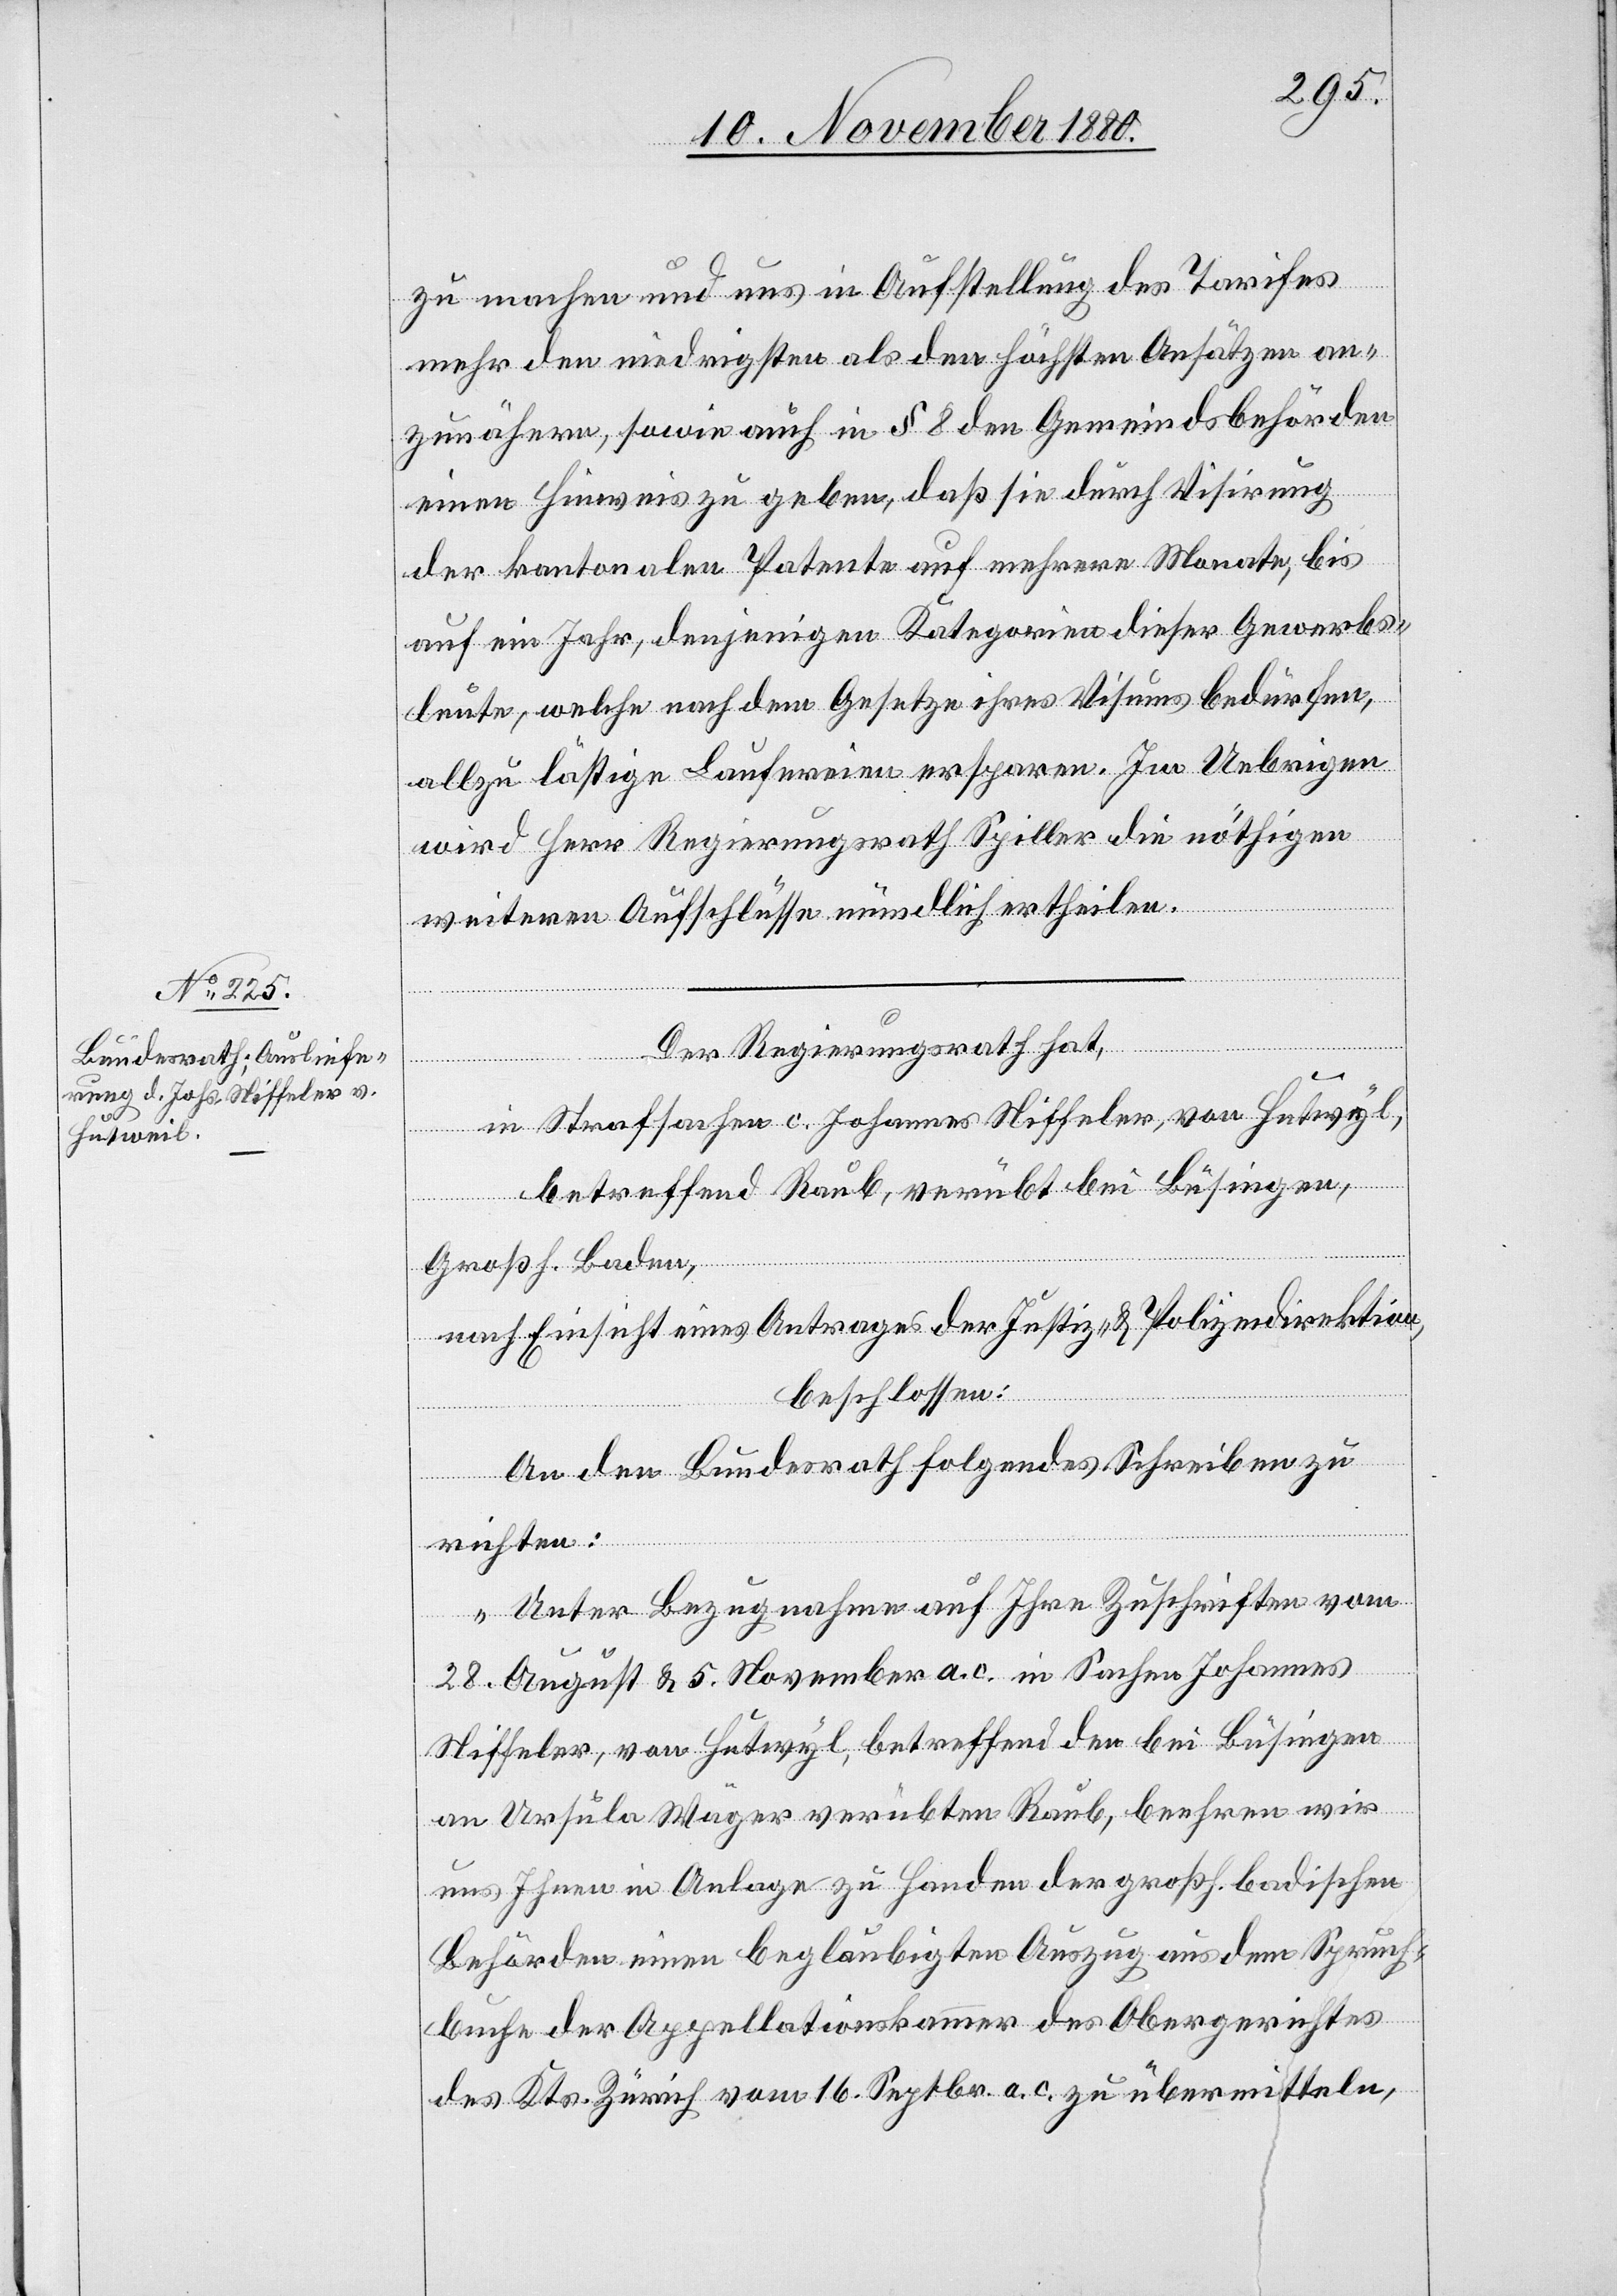
11. November 1880.]
zu machen und uns in Aufstellung des Tarifes
mehr den niedrigsten als den höchsten Ansätzen an¬
zunähern, sowie auch in § 8 den Gemeindsbehörden
einen Hinweis zu geben, daß sie durch Visirung
der kantonalen Patente auf mehrere Monate, bis
auf ein Jahr, denjenigen Kategorien dieser Gewerbs¬
leute, welche nach dem Gesetze ihres Visums bedürfen,
allzu lästige Laufereien ersparen. Im Uebrigen
wird Herr Regierungsrath Spiller die nöthigen
weitern Aufschlüsse mündlich ertheilen.
Der Regierungsrath hat,
in Strafsachen c. Johannes Niffeler, von Hutwyl
betreffend Raub, verübt bei Büsingen,
Großh. Baden,
nach Einsicht eines Antrages der Justiz- & Polizeidirektion,
beschlossen:
An den Bundesrath folgendes Schreiben zu
richten:
„Unter Bezugnahme auf Ihre Zuschriften vom
28. August & 5. November a. c. in Sachen Johannes
Niffeler, von Hutwyl, betreffend den bei Büsingen
an Ursula Wäger verübten Raub, beehren wir
uns Ihnen in Anlage zu Handen der großh. badischen
Behörden einen beglaubigten Auszug aus dem Spruch¬
buche der Appellationskammer des Obergerichtes
des Kts. Zürich vom 16. Septbr. a. c. zu übermitteln,